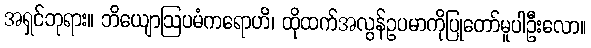
အရှင်ဘုရား။ ဘိယျောဩပမံကရောဟိ၊ ထိုထက်အလွန်ဥပမာကိုပြုတော်မူပါဦးလော။